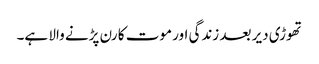
تھوڑی دیر بعد زندگی اور موت کا رن پڑنے والا ہے۔